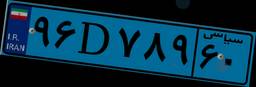
۲۹D۵۷۳۱۱